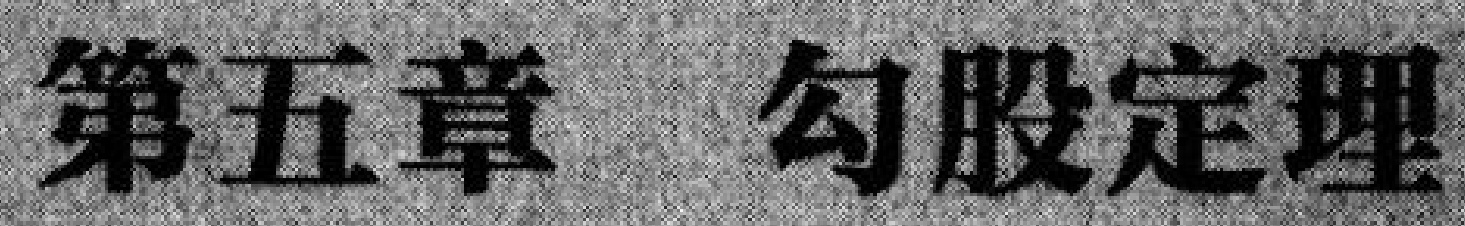
第五章 勾股定理